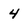
Character: 4